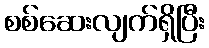
စစ်ဆေးလျက်ရှိပြီး